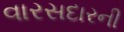
વારસદારની